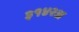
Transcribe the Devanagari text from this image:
३१४२अ